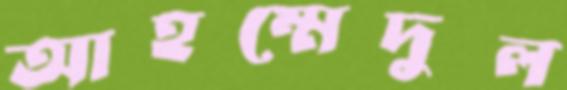
আহম্মেদুল